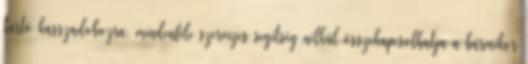
tartó kasszadobozra, mindenféle szervizes segítség nélkül összekapcsolhatja a bármikor